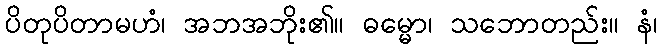
ပိတုပိတာမဟံ၊ အဘအဘိုး၏။ ဓမ္မော၊ သဘောတည်း။ နံ၊